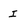
Character: I